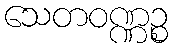
သေတဝဏ္ဏဉ္စ